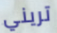
تريني